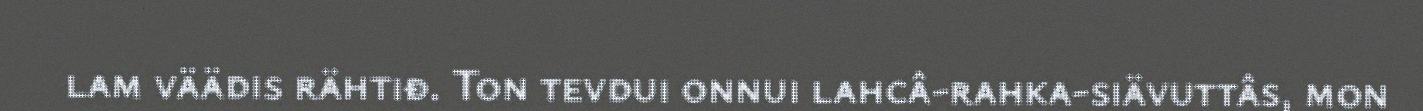
lam väädis rähtiđ. Ton tevdui onnui lahcâ-rahka-siävuttâs, mon